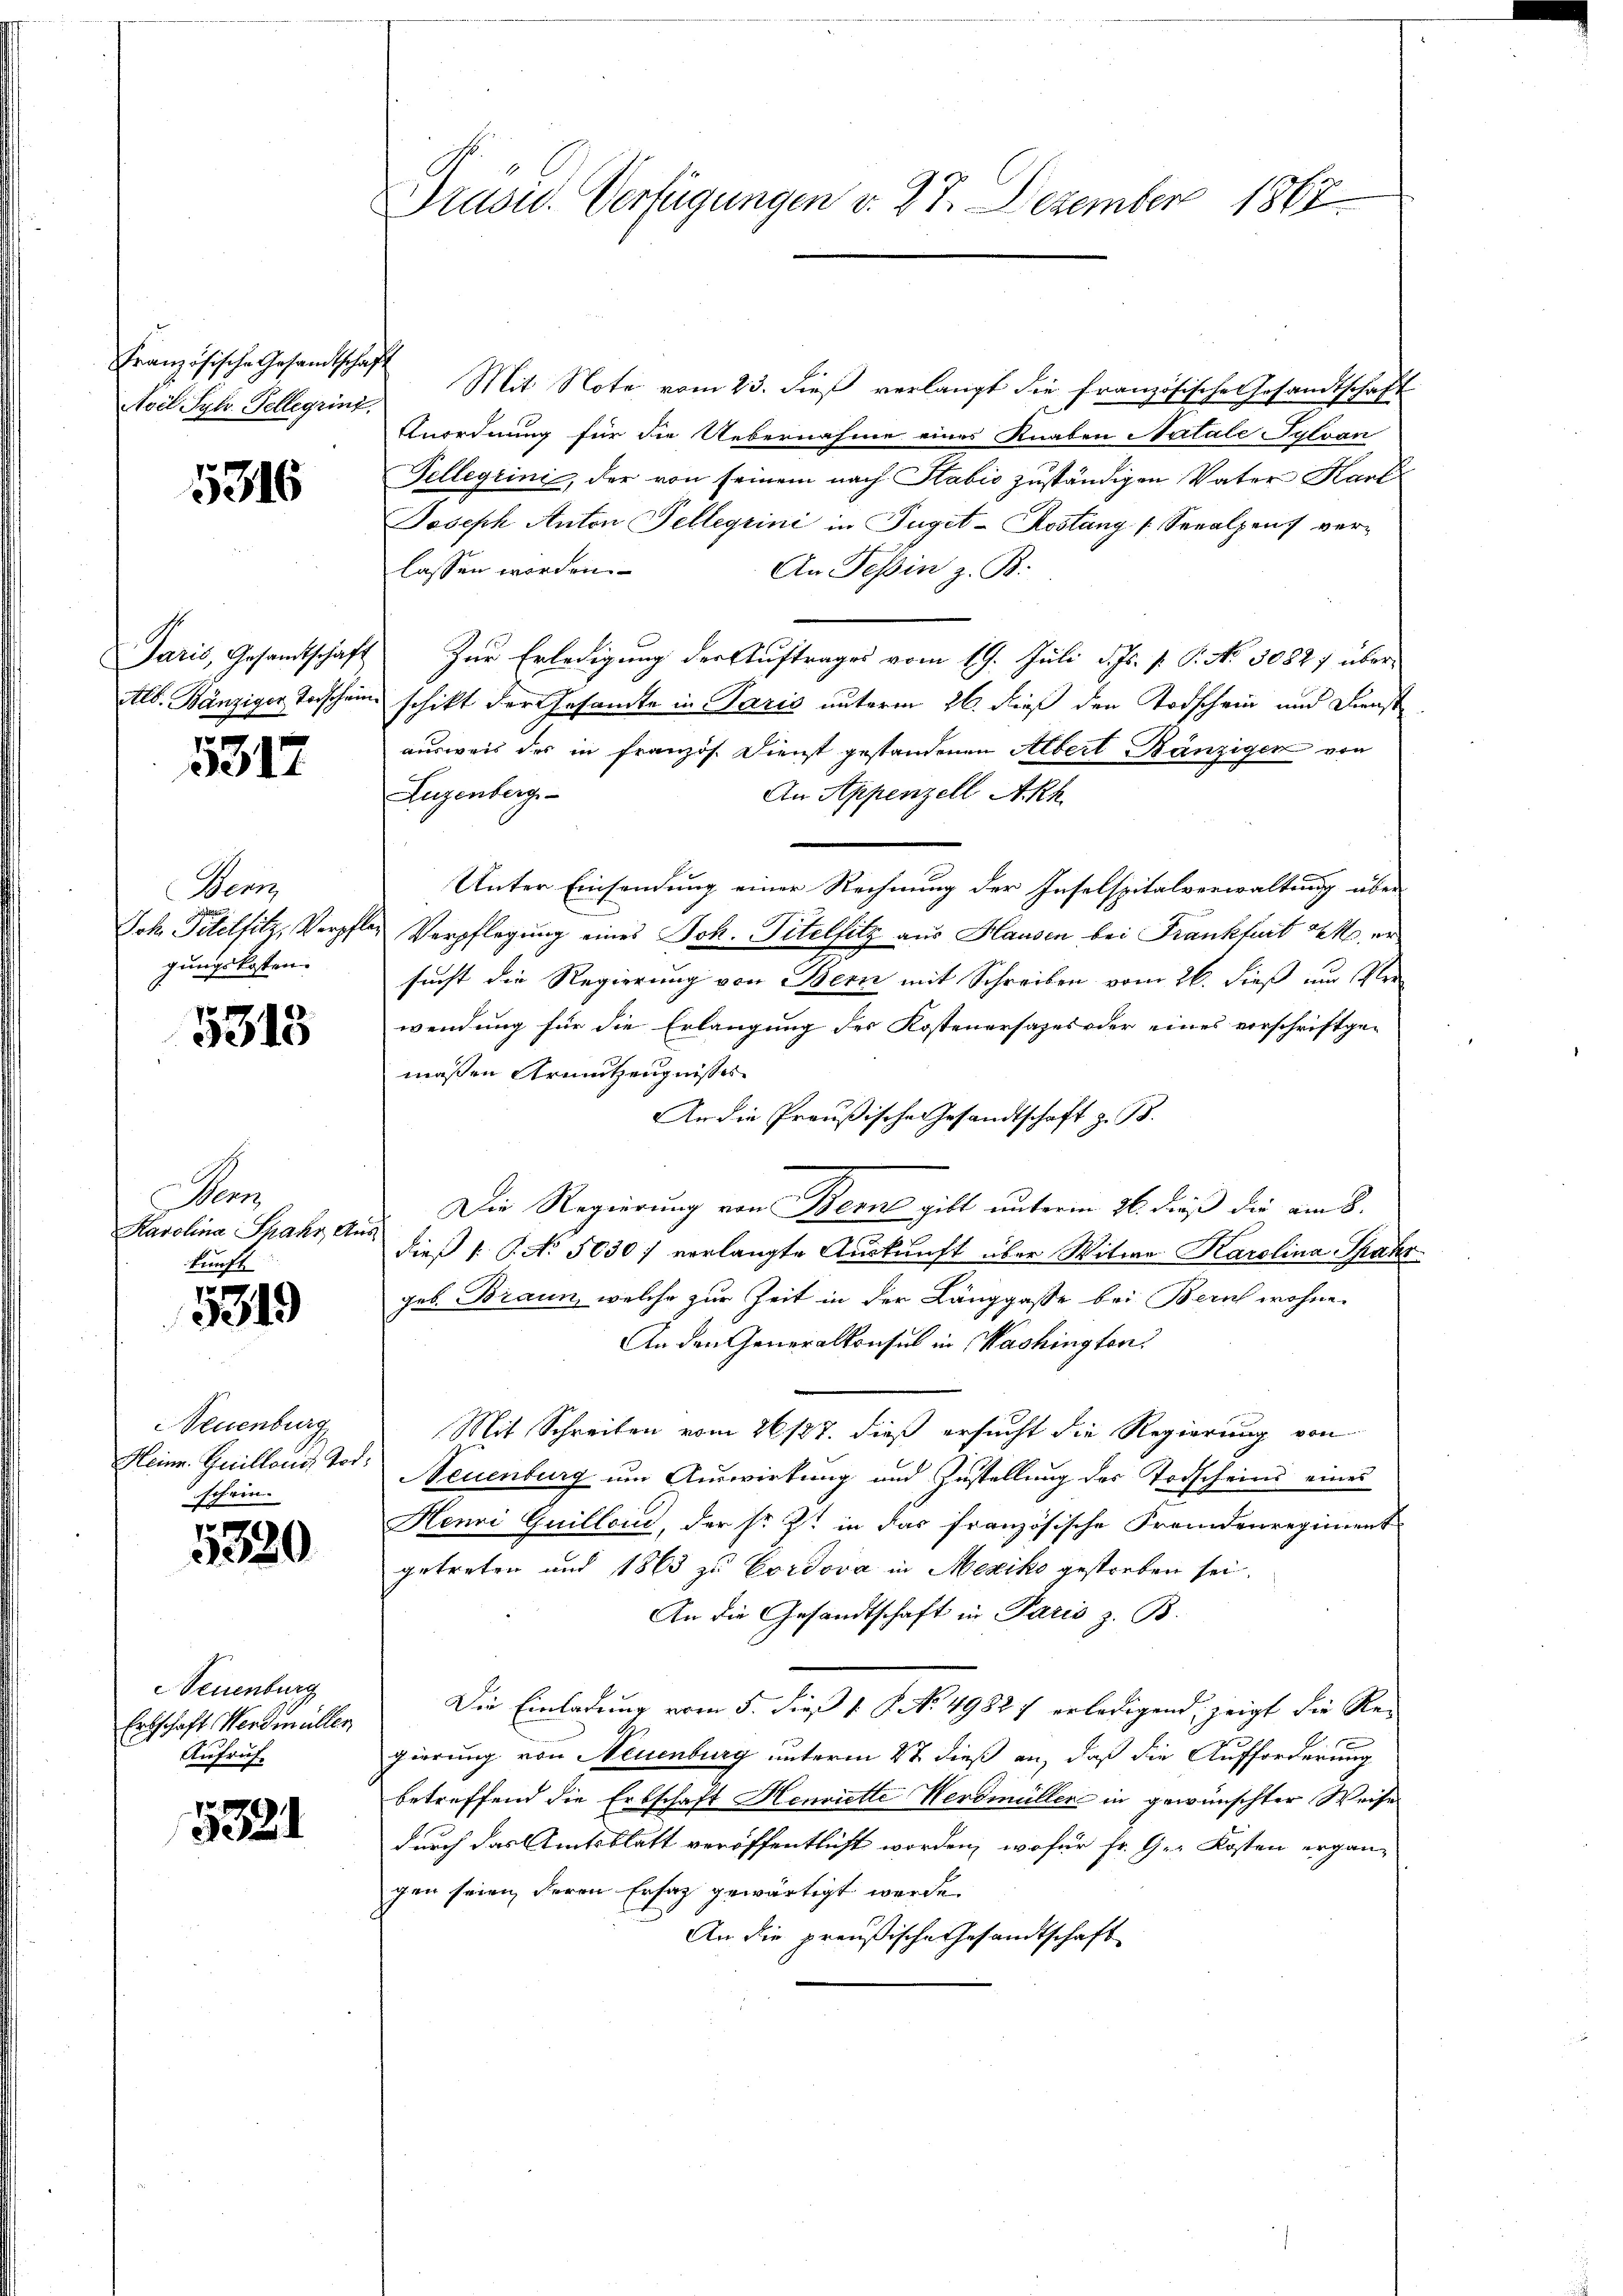
Französische Gesandtschaft
Noil Syb. Tellergrinz

5316

Paris, Gesandtschaft

n
3317

Denz
Joh. Titelfilz, Verpfle
gungskosten.

5313

Sams
Karolina Shakr, Aus-
kunft

1
319

Neuenburg
Heinr. Guillons Tod.
schein.

5320

Neuenburg
Erbschaft Werdmüller
Aufruf

5321

Präses Verfügungen v. 27. Dezember 1862

Mit Note vom 23. dieß verlangt die französische Gesandtschaft
Anordnung für die Uebernahme eines Knaben Natale Sylvan
Tellegiini, der von seinem nach Stabis zuständigen Vater Kart
Joseph Anton Tellegiini in Juget-Kostany Senalpens verlassen worden.
An Tessin z. B.
 Zur Erledigung der Auftrages vom 19. Juli d. Js. v. P. No 30827 über¬
Alb. Bänziger Todschein schikt der Gesamte in Paris unterm 26. dieß den Todschein und Dienst
ausweis des in französ. Dienst gestandenen Albert Bänzigen von
Lugenberg-
An Appenzell A.Rh.
Unter Einsendung einer Rechnung der Inselspitalverwaltung über
es Verpflegung eines Joh. Titelfilz aus Hausen bei Frankfurt o er
sucht die Regierung von Bern mit Schreiben vom 26. dieß um Verwendung für die Erlangung des Kostenersages oder eines vorschriftgemaßen Armutzengnisses
An die Preußische Gesandtschaft z. B.
Die Regierung von Berne gibt unterm 26. dieß die am 8.
dieß (: P. No 1030 / verlangte Auskunft über Witwe Karolina Spahr
geb. Braun, welche zur Zeit in der Länggasse bei Zürich wohne
An den Generalkonsul in Washington
Mit Schreiben vom 26/127. dieß ersucht die Regierung von
NNeuenburg um Auswirkung und Zustellung des Todscheins eines
Henni Guiller, der sr. Z. in das französische Fremdenregiment
getreten und 1863 zu Cordova in Mexiko gestorben sei.
An die Gesandtschaft in Paris z. B.
Die Einladung vom 5. dieß 1. No. 49827 erledigend, zeigt die Re-
.
gierung von Neuenburg unterm 2t dieß an, daß die Aufforderung
betreffend die Erbschaft Henriette Werdmüller in gewünschter Weise
durch das Amtsblatt veröffentlicht worden, wofür fr. Ge- Kosten ergän-
gen seien, Herrn Ersatz gewärtigt werde.
An die preußische Gesandtschaft